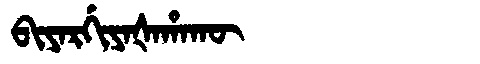
Manchu: ᠪᡳᠶᠠᡵᡤᡳᠶᠠᡧᠠᡥᠠᡴᡡ
Romanization: BIYARGIYAŠAHAKŪ